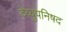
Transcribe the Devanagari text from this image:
देव्युपनिषद